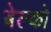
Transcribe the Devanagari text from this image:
बेल्को